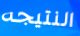
النتيجه